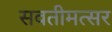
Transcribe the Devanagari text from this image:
सवतीमत्सर